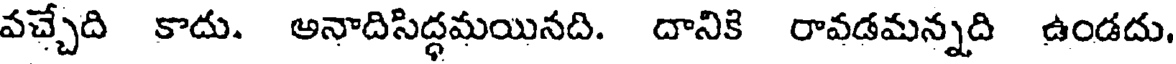
వచ్చేది కాదు. అనాదిసిద్ధమయినది. దానికి రావడమన్నది ఉండదు.